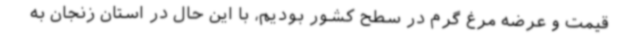
قیمت و عرضه مرغ گرم در سطح کشور بودیم، با این حال در استان زنجان به